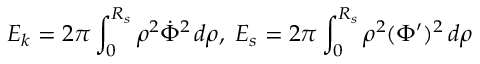
E _ { k } = 2 \pi \int _ { 0 } ^ { R _ { s } } \rho ^ { 2 } \dot { \Phi } ^ { 2 } \, d \rho , \; E _ { s } = 2 \pi \int _ { 0 } ^ { R _ { s } } \rho ^ { 2 } ( \Phi ^ { \prime } ) ^ { 2 } \, d \rho